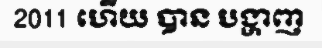
2011 ហើយ បាន បង្ហាញ